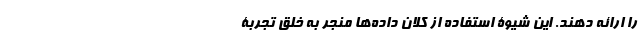
را ارائه دهند. این شیوۀ استفاده از کلان ‌داده‌ها منجر به خلق تجربۀ